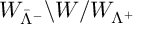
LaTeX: W _ { { \bar { \Lambda } } ^ { - } } \backslash W / W _ { \Lambda ^ { + } }